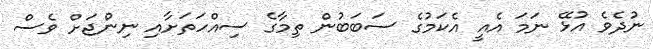
ނުދެވެ އުޅޭ ނަމަ އެއީ އެކަމުގެ ސަބަބުން ތިމާގެ ސިއްހަތަށާއި ނިންޖަށް ވެސް